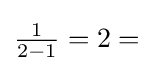
{\textstyle {\frac {1}{2-1}}=2=}